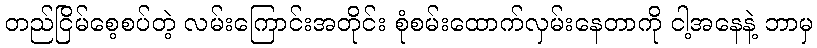
တည်ငြိမ်စေ့စပ်တဲ့ လမ်းကြောင်းအတိုင်း စုံစမ်းထောက်လှမ်းနေတာကို ငါ့အနေနဲ့ ဘာမှ